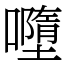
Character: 𡃏